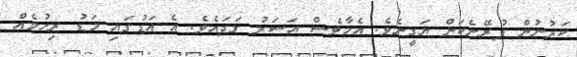
ކަރުނުން ފުރޭނެކަން ޔަގީނެވެ. އެހާވެސް އަސަރު ގަދައެވެ. އެ އަޑުގައި މަޑު ރިހުމެއް